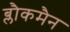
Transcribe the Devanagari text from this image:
ब्लौकमैन